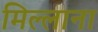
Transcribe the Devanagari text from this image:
मिल्लाना